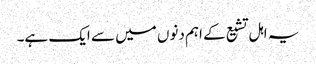
یہ اہل تشیع کے اہم دنوں میں سے ایک ہے۔